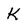
Character: K